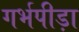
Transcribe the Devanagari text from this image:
गर्भपीड़ा